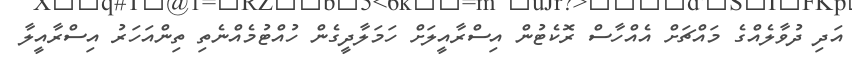
އަދި ދުވާލެއްގެ މައްޗަށް އެއްހާސް ރޮކެޓުން އިސްރާއީލަށް ހަމަލާދީގެން ހުއްޓުމެއްނެތި ތިންއަހަރު އިސްރާއީލާ